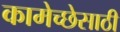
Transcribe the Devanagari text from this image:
कामेच्छेसाठी